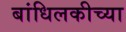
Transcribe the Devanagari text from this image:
बांधिलकीच्या